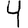
Digit: 4